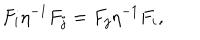
F _ { i } \eta ^ { - 1 } F _ { j } = F _ { j } \eta ^ { - 1 } F _ { i } ,